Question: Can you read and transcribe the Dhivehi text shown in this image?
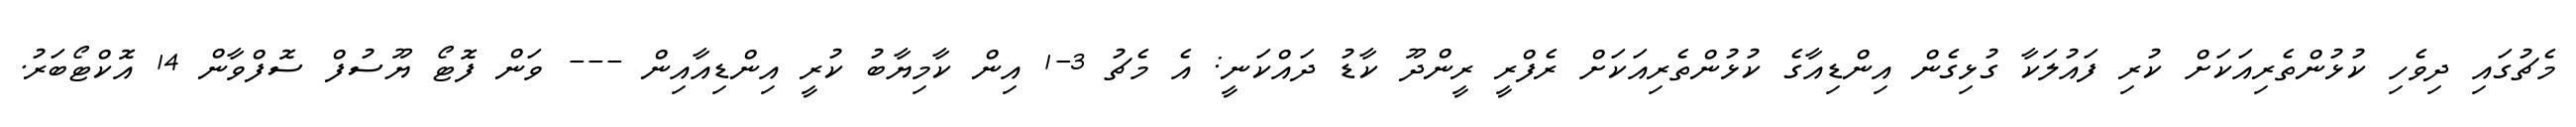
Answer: މެޗުގައި ދިވެހި ކުޅުންތެރިއަކަށް ކުރި ފައުލަކާ ގުޅިގެން އިންޑިއާގެ ކުޅުންތެރިއަކަށް ރެފްރީ ރީންދޫ ކާޑު ދައްކަނީ: އެ މެޗު 3-1 އިން ކާމިޔާބު ކުރީ އިންޑިއާއިން --- ވަން ފޮޓޯ ޔޫސުފް ސޮފްވާން 14 އޮކްޓޯބަރު.